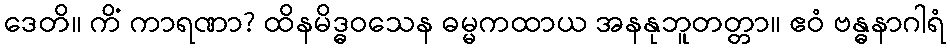
ဒေတိ။ ကိံ ကာရဏာ? ထိနမိဒ္ဓဝသေန ဓမ္မကထာယ အနနုဘူတတ္တာ။ ဧဝံ ဗန္ဓနာဂါရံ